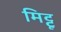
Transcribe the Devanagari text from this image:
मिट्टू